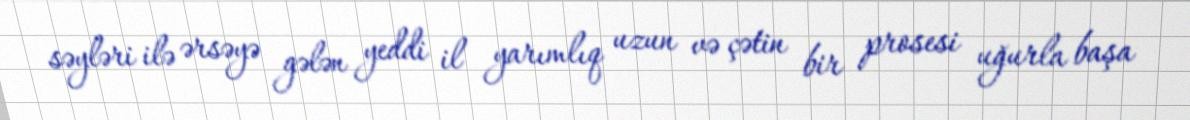
səyləri ilə ərsəyə gələn yeddi il yarımlıq uzun və çətin bir prosesi uğurla başa